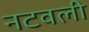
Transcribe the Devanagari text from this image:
नटवली